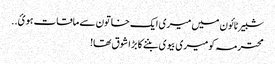
شبیر ٹائون میں میری ایک خاتون سے ماقات ہوئ..
محترمہ کو میری بیوی بننے کا بڑا شوق تھا!